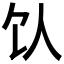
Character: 𬲦